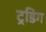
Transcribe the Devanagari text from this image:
ट्रडिग